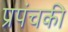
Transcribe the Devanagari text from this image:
प्रपंचकी